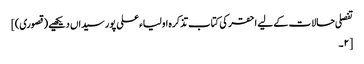
تفصلی حالات کے لیے احقر کی کتاب تذکرہ اولیاء علی پور سیداں دیکھیے (قصوری)]
[۲۔